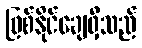
ဖြစ်နိုင်ချေရှိသည်